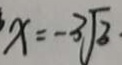
x = - 3 \sqrt { 3 }